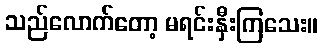
သည်လောက်တော့ မရင်းနှီးကြသေး။